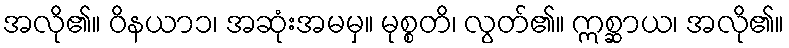
အလို၏။ ဝိနယာ၁၊ အဆုံးအမမှ။ မုစ္စတိ၊ လွတ်၏။ ဣစ္ဆာယ၊ အလို၏။